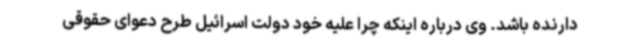
دارنده باشد. وی درباره اینکه چرا علیه خود دولت اسرائیل طرح دعوای حقوقی